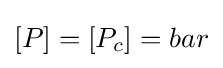
\left[P\right]=\left[P_{c}\right]=bar